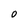
Character: O